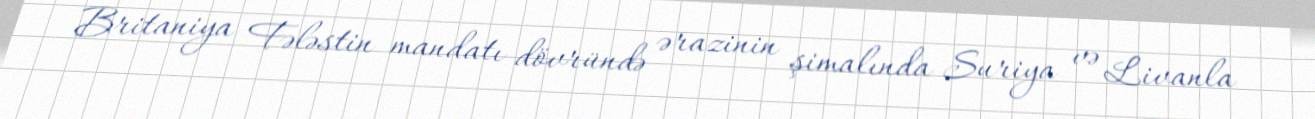
Britaniya Fələstin mandatı dövründə ərazinin şimalında Suriya və Livanla